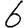
Digit: 6